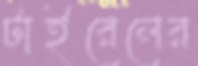
টাইরেলের